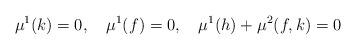
LaTeX: \begin{align*} \mu^1(k) = 0, \ \ \ \mu^1(f) = 0, \ \ \ \mu^1(h) + \mu^2(f,k) = 0 \end{align*}